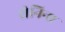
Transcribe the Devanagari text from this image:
शेनिना